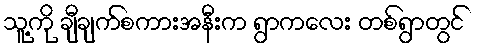
သူ့ကို ချီချက်စကားအနီးက ရွာကလေး တစ်ရွာတွင်